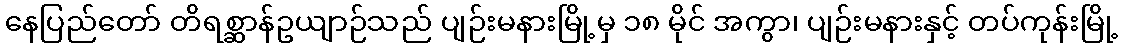
နေပြည်တော် တိရစ္ဆာန်ဥယျာဉ်သည် ပျဉ်းမနားမြို့မှ ၁၈ မိုင် အကွာ၊ ပျဉ်းမနားနှင့် တပ်ကုန်းမြို့